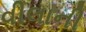
વીલાની